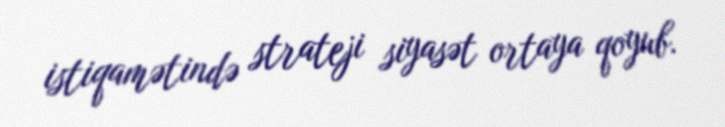
istiqamətində strateji siyasət ortaya qoyub.